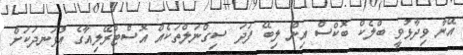
އޭނާ ވިދާޅުވީ ބްލެކް ބޮކްސް އިން ލިބޭ ފަދަ ސިގްނަލްތަކެއް އޮސްޓްރޭލިއާގެ އުޅަނދަކަށް